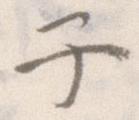
子